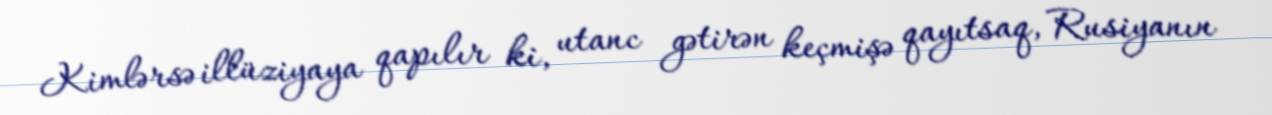
Kimlərsə illüziyaya qapılır ki, utanc gətirən keçmişə qayıtsaq, Rusiyanın